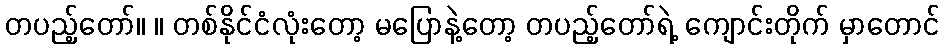
တပည့်တော်။ ။ တစ်နိုင်ငံလုံးတော့ မပြောနဲ့တော့ တပည့်တော်ရဲ့ ကျောင်းတိုက် မှာတောင်